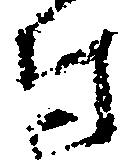
付